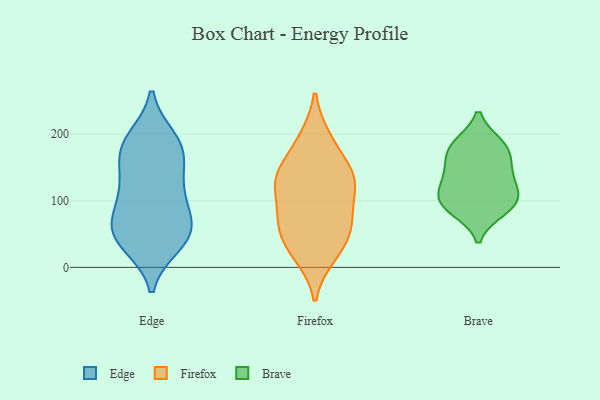
{"axis": {"x": "Conversion Rate (%)", "y": "Value"}, "legend": ["Brave", "Edge", "Firefox"], "data": [{"x": "", "y": 192, "type": "Edge"}, {"x": "", "y": 35, "type": "Edge"}, {"x": "", "y": 107, "type": "Edge"}, {"x": "", "y": 56, "type": "Edge"}, {"x": "", "y": 158, "type": "Edge"}, {"x": "", "y": 52, "type": "Edge"}, {"x": "", "y": 118, "type": "Edge"}, {"x": "", "y": 45, "type": "Edge"}, {"x": "", "y": 69, "type": "Edge"}, {"x": "", "y": 179, "type": "Edge"}, {"x": "", "y": 128, "type": "Edge"}, {"x": "", "y": 178, "type": "Edge"}, {"x": "", "y": 82, "type": "Edge"}, {"x": "", "y": 185, "type": "Edge"}, {"x": "", "y": 42, "type": "Edge"}, {"x": "", "y": 191, "type": "Firefox"}, {"x": "", "y": 78, "type": "Firefox"}, {"x": "", "y": 135, "type": "Firefox"}, {"x": "", "y": 90, "type": "Firefox"}, {"x": "", "y": 138, "type": "Firefox"}, {"x": "", "y": 122, "type": "Firefox"}, {"x": "", "y": 147, "type": "Firefox"}, {"x": "", "y": 18, "type": "Firefox"}, {"x": "", "y": 76, "type": "Firefox"}, {"x": "", "y": 130, "type": "Firefox"}, {"x": "", "y": 56, "type": "Firefox"}, {"x": "", "y": 49, "type": "Firefox"}, {"x": "", "y": 193, "type": "Firefox"}, {"x": "", "y": 47, "type": "Firefox"}, {"x": "", "y": 134, "type": "Firefox"}, {"x": "", "y": 18, "type": "Firefox"}, {"x": "", "y": 181, "type": "Brave"}, {"x": "", "y": 87, "type": "Brave"}, {"x": "", "y": 126, "type": "Brave"}, {"x": "", "y": 149, "type": "Brave"}, {"x": "", "y": 101, "type": "Brave"}, {"x": "", "y": 183, "type": "Brave"}, {"x": "", "y": 134, "type": "Brave"}, {"x": "", "y": 174, "type": "Brave"}, {"x": "", "y": 98, "type": "Brave"}, {"x": "", "y": 97, "type": "Brave"}]}